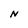
Character: N